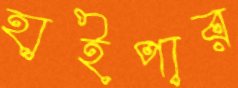
হাইপার